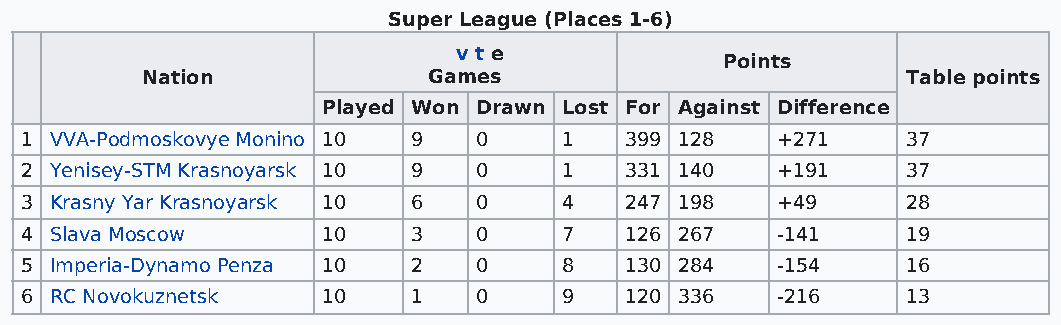
Super League (Places 1-6)
 v t e
 Points
 Nation             Games                           Table points
 Played Won Drawn Lost For Against Difference
 1 VVA-Podmoskovye Monino 10 9 0     1   399 128   +271     37
 2 Yenisey-STM Krasnoyarsk 10 9 0    1   331 140   +191     37
 3 Krasny Yar Krasnoyarsk 10 6 0     4   247 198   +49      28
 4 Slava Moscow      10    3   0     7   126 267   -141     19
 5 Imperia-Dynamo Penza 10 2   0     8   130 284   -154     16
 6 RC Novokuznetsk   10    1   0     9   120 336   -216     13